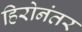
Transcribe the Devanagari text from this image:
हिरोनंतर